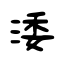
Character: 涹